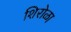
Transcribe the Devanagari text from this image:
शिरोळा